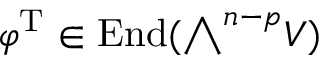
\varphi ^ { \mathrm { T } } \in \operatorname { E n d } ( { \textstyle \bigwedge } ^ { n - p } V )